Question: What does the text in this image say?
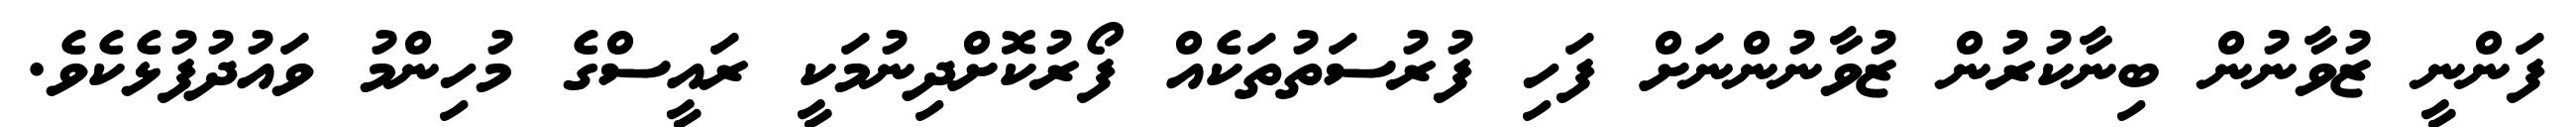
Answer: ފަންނީ ޒުވާނުން ބިނާކުރުން ޒުވާނުންނަށް ފަހި ފުރުސަތުތަކެއް ފޯރުކޮށްދިނުމަކީ ރައީސްގެ މުހިންމު ވައުދުފުޅެކެވެ.